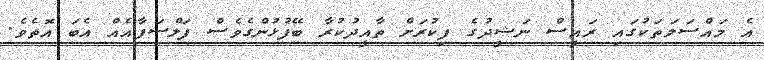
އެ މައްސަލަތަކުގައި ރައީސް ނަޝީދުގެ ފިކުރަށް ތާއީދުކުރާ ބޭފުޅުންގެވެސް ފަލްސަފާއެއް އެބަ އޮތެވެ.